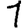
Digit: 1